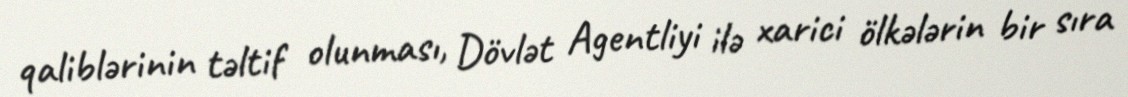
qaliblərinin təltif olunması, Dövlət Agentliyi ilə xarici ölkələrin bir sıra